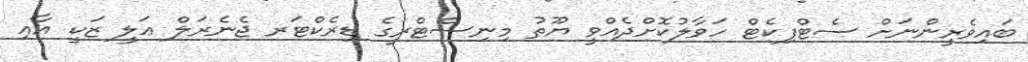
ބައިވެރީންނަށް ސެޓްފިކެޓް ހަވާލުކޮށްދެއްވީ ޔޫތު މިނިސްޓްރީގެ ޑިރެކްޓަރ ޖެނެރަލް ޢަލީ ޒަކީ އާއި